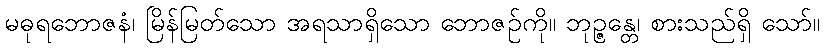
မဓုရဘောဇနံ၊ မြိန်မြတ်သော အရသာရှိသော ဘောဇဉ်ကို။ ဘုဉ္ဇန္တေ၊ စားသည်ရှိ သော်။